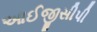
આઈજીસીપી